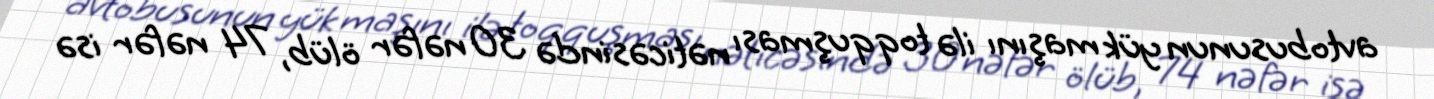
avtobusunun yük maşını ilə toqquşması nəticəsində 30 nəfər ölüb, 74 nəfər isə